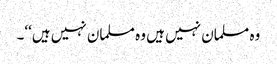
وہ مسلمان نہیں ہیں وہ مسلمان نہیں ہیں‘‘۔